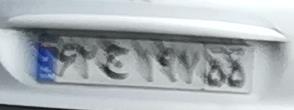
۶۲ج۱۹۲۵۵